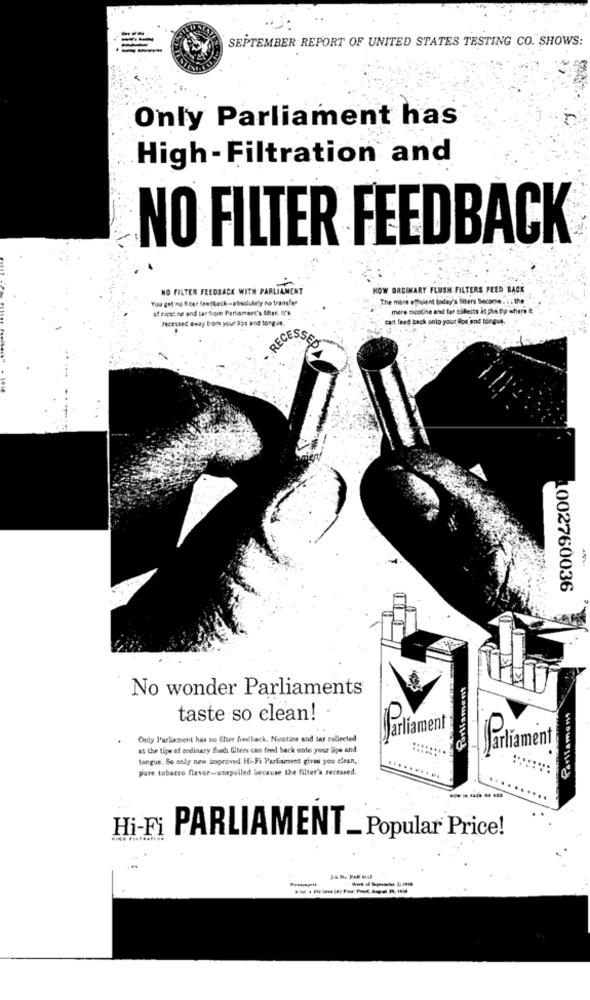
SEPTEMBER REPORT OF UNITED STATES TESTING CO. SHOWS:
Only Parliament has
High - Filtration and
NO FILTER FEEDBACK
NO FILTER FEEDBACK WITH PARLIAMENT
HOW ORDINARY FLUSH FILTERS FEED BACK
The more efficient today's fibers Become. 1 ; the
of rices ne and tar from Parismert's Shee. It's
mere ticoline and fur collects at The tip where it
recessed away From your dps and tongat
cant feed back onto your lips and long-4.
RECESS
1002760036
No wonder Parliaments
taste so clean!
Parliament
Only Parliament has no Cher fondback, Nicotine and tar collected
at the tige of ordinary flush filters can feed back onte your lips and
tongue. So only new improved Hi-Fi Partisment gives you clean,
Sortiment
pure tobacco flavor-unspoiled because the filter's recessed.
----
Hi-Fi
PARLIAMENT_ Popular Price!